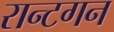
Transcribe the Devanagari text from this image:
रान्टगन